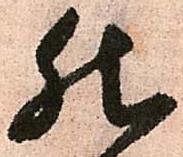
然